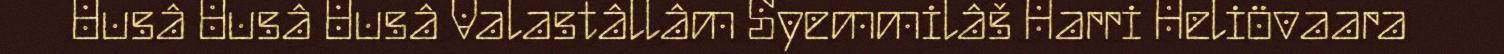
Uusâ Uusâ Uusâ Valastâllâm Syemmilâš Harri Heliövaara